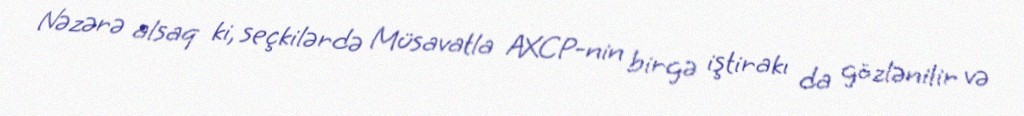
Nəzərə alsaq ki, seçkilərdə Müsavatla AXCP-nin birgə iştirakı da gözlənilir və